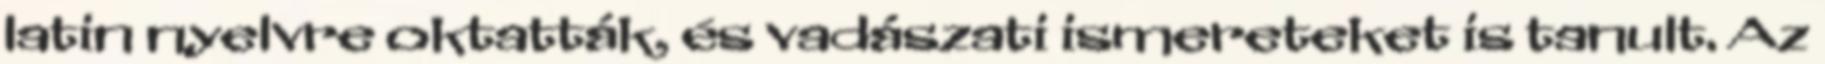
latin nyelvre oktatták, és vadászati ismereteket is tanult. Az